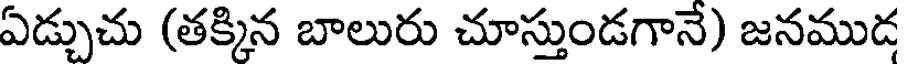
ఏడ్చుచు (తక్కిన బాలురు చూస్తుండగానే) జనముడ